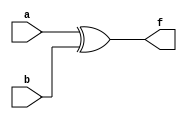
// John Hubbard, 02 Nov Oct 2014
// hw7 assignment for Verilog 0764 class: N-bit XOR: build an N-bit XOR module,
// using only XOR2
//

module XOR2(a, b, f);
    input a, b;
    output f;
    assign f = a ^ b;
endmodule

module nbit_xor_balanced(number, result);
    parameter N = 7;
    input [N-1:0] number;
    output result;

    wire [N:1] a;
    wire [N:1] b;
    wire [N:1] f;

    assign result = f[1];

    genvar i;
    generate
        // The N%2 term adds an extra gate for odd numbered N.
        for (i = 1; i < N + (N%2); i = i + 1)
        begin: genBalanced
            XOR2 theXOR2(a[i], b[i], f[i]);

            assign a[i] = (i >= (N+1)/2 ? number[(i - (N+1)/2)*2]  : f[i*2]);

            // wire any extra inputs to zero, which causes the XOR to pass
            // through the other input (acts as a buffer):
            assign b[i] = (i >= N? 0 :
                           (i >= (N+1)/2 ? number[(i - (N+1)/2)*2+1]: f[i*2+1]));
        end
    endgenerate
endmodule



module nbit_xor_unbalanced(number, result);
    parameter N = 4; // N must be at least 2
    input [N-1:0] number;
    output result;

    wire [N-1:0] f;
    wire [2*N:0] localInput;

    assign result = f[N-2];

    genvar i;
    generate
        for (i = 0; i < N - 1; i = i + 1)
        begin: genUnbalanced

            assign localInput[i*2]   = (i == 0 ? number[i] : f[i-1]);
            assign localInput[i*2+1] = number[i+1];

            XOR2 theXOR2(localInput[i*2], localInput[i*2+1], f[i]);
        end
    endgenerate

endmodule

module xorn_rtl(a, f);
    parameter N = 3; // N must be at least 2
    input [N-1:0] a;
    output f;

    assign f = ^a; // reduction xor
endmodule